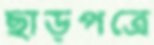
ছাড়পত্রে